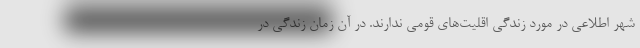
شهر اطلاعی در مورد زندگی اقلیت‌های قومی ندارند. در آن زمان زندگی در